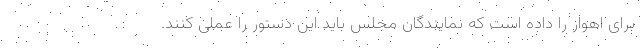
برای اهواز را داده است که نمایندگان مجلس باید این دستور را عملی کنند.